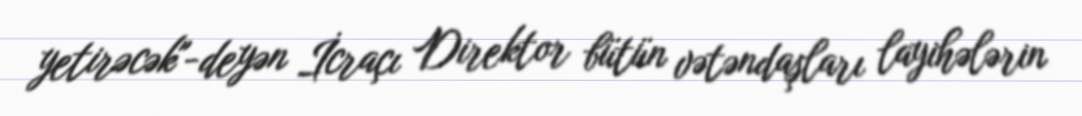
yetirəcək"-deyən İcraçı Direktor bütün vətəndaşları layihələrin